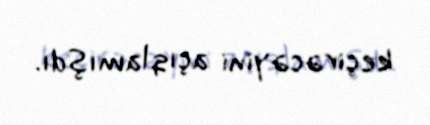
keçirəcəyini açıqlamışdı.